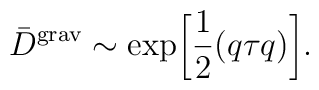
{\bar D}^{\rm grav}\sim \exp\biggl[\frac{1}{2}(q\tau q)\biggr].